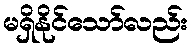
မရှိနိုင်သော်လည်း